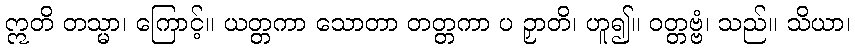
ဣတိ တသ္မာ၊ ကြောင့်။ ယတ္တကာ သောတာ တတ္တကာ ပ ဉှာတိ၊ ဟူ၍။ ဝတ္တဗ္ဗံ၊ သည်။ သိယာ၊